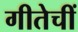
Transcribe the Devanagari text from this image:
गीतेचीं